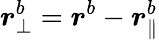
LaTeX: \boldsymbol{r}_{\perp}^{b}=\boldsymbol{r}^{b}-\boldsymbol{r}_{\parallel}^{b}